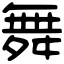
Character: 舞